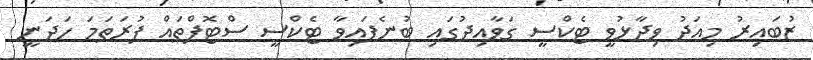
ޒުބައިރު މިއަދު ވިދާޅުވީ ޓެކްސީ ގަވާއިދުގައި ބުނެފައިވާ ޓެކްސީ ސްޓޮޕްތައް ފުރަތަމަ ހަދަނީ